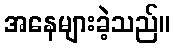
အနေများခဲ့သည်။